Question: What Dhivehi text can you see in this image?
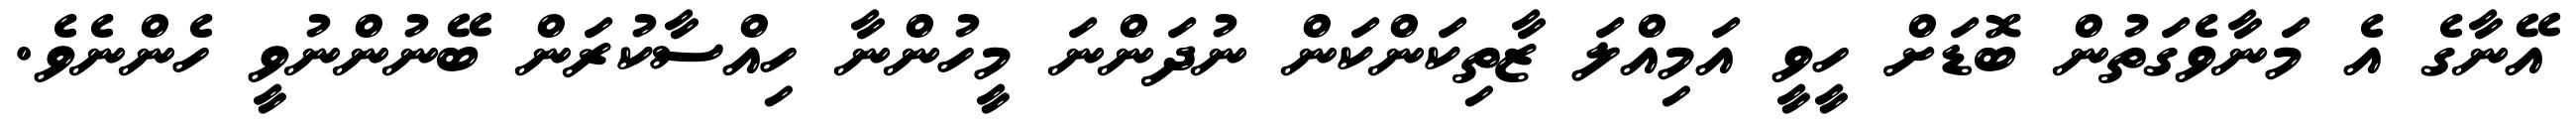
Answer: އޭނާގެ އެ މަނާވެގަތުން ބޮޑަށް ހީވީ އަމިއްލަ ޒާތިކަންކަން ނުދަންނަ މީހުންނާ ހިއްސާކުރަން ބޭނުންނުވީ ހެންނެވެ.